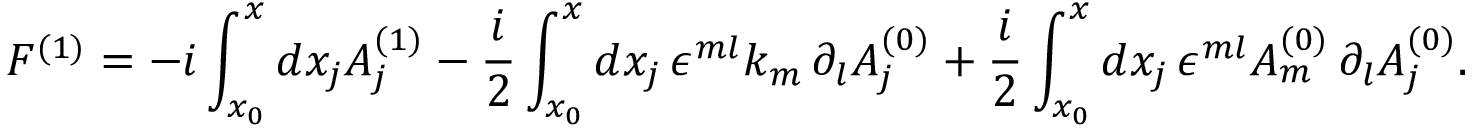
F ^ { ( 1 ) } = - i \int _ { x _ { 0 } } ^ { x } d x _ { j } A _ { j } ^ { ( 1 ) } - \frac { i } { 2 } \int _ { x _ { 0 } } ^ { x } d x _ { j } \, \epsilon ^ { m l } k _ { m } \, \partial _ { l } A _ { j } ^ { ( 0 ) } + \frac { i } { 2 } \int _ { x _ { 0 } } ^ { x } d x _ { j } \, \epsilon ^ { m l } A _ { m } ^ { ( 0 ) } \, \partial _ { l } A _ { j } ^ { ( 0 ) } .